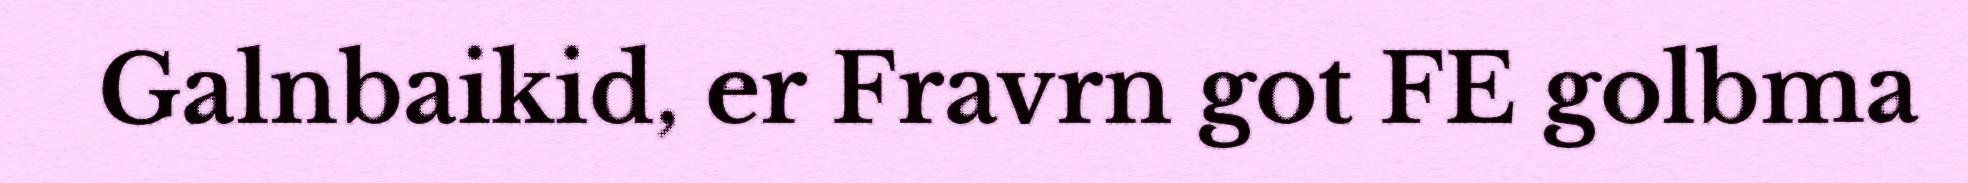
Galnbaikid, er Fravrn got FE golbma